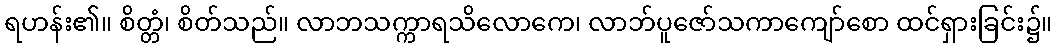
ရဟန်း၏။ စိတ္တံ၊ စိတ်သည်။ လာဘသက္ကာရသိလောကေ၊ လာဘ်ပူဇော်သကာကျော်စော ထင်ရှားခြင်း၌။